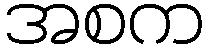
အစက